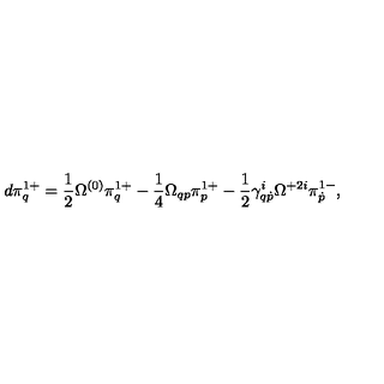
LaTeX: d \pi _ { q } ^ { 1 + } = \frac 1 2 \Omega ^ { ( 0 ) } \pi _ { q } ^ { 1 + } - \frac 1 4 \Omega _ { q p } \pi _ { p } ^ { 1 + } - \frac 1 2 \gamma _ { q \dot { p } } ^ { i } \Omega ^ { + 2 i } \pi _ { \dot { p } } ^ { 1 - } ,